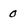
Character: 0